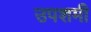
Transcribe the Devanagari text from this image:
उपशमी